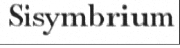
Sisymbrium